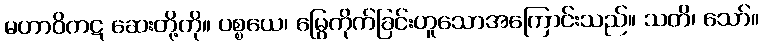
မဟာဝိကဋ ဆေးတို့ကို။ ပစ္စယေ၊ မြွေကိုက်ခြင်းဟူသောအကြောင်းသည်။ သတိ၊ သော်။